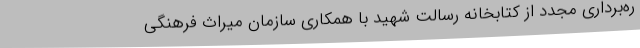
ره‌برداری مجدد از کتابخانه رسالت شهید با همکاری سازمان میراث فرهنگی